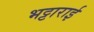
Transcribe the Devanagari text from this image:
भट्टाराई